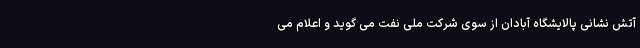
آتش نشانی پالایشگاه آبادان از سوی شرکت ملی نفت می گوید و اعلام می